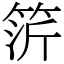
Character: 䇵